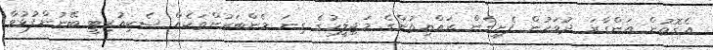
އެގޮތުން އަންގާރަ ދުވަހުން ފެށިގެން ރައްޔިތުންގެ މަޖިލީހުގެ ގިނަ މެންބަރުންތަކެއް ސެކިއުރިޓީ ބޭނުންފުޅުވާ